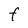
Character: f